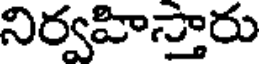
నిర్వహిస్తారు